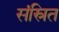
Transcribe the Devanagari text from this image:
संस्रित